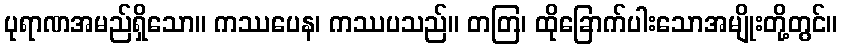
ပုရာဏအမည်ရှိသော။ ကဿပေန၊ ကဿပသည်။ တတြ၊ ထိုခြောက်ပါးသောအမျိုးတို့တွင်။